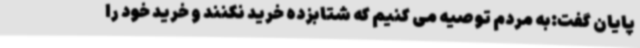
پایان گفت:به مردم توصیه می کنیم که شتابزده خرید نکنند و خرید خود را